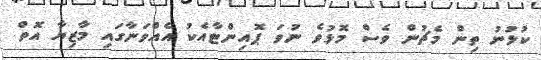
ކުޅުނު ތިން މެޗުން ވެސް މޮޅުވެ ނުވަ ޕޮއިންޓާއެކު އެއްވަނާގައި މާޒިޔާ އޮތް